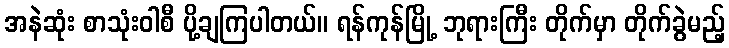
အနဲဆုံး စာသုံးဝါစီ ပို့ချကြပါတယ်။ ရန်ကုန်မြို့ ဘုရားကြီး တိုက်မှာ တိုက်ခွဲမည့်